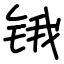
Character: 锇